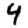
Digit: 4